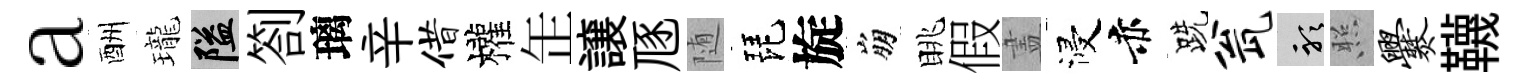
a酬瓏隘劄璃辛借權𦈢譲豗随琵旋崩眺假𥁞浸赤跣瓮聽照爨韈